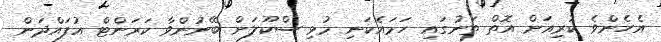
އެެހެެންވެ ކުރިއަށް އޮތް ތަނުގައި ހަމައެކަނި މުޅި ސްކޫލަށް ބޭނުންވާ ކަރަންޓް އުފައްދަން